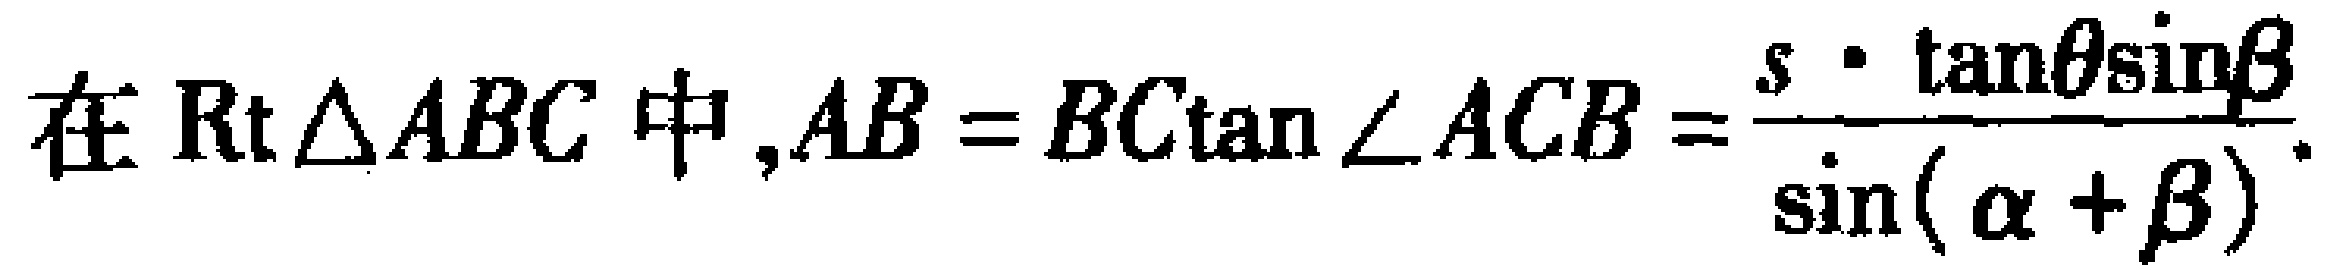
在$\text{Rt}\triangle ABC$中,$AB = BC\tan\angle ACB=\frac{s\cdot\tan\theta\sin\beta}{\sin(\alpha + \beta)}.$